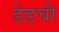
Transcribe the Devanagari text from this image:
डेडची